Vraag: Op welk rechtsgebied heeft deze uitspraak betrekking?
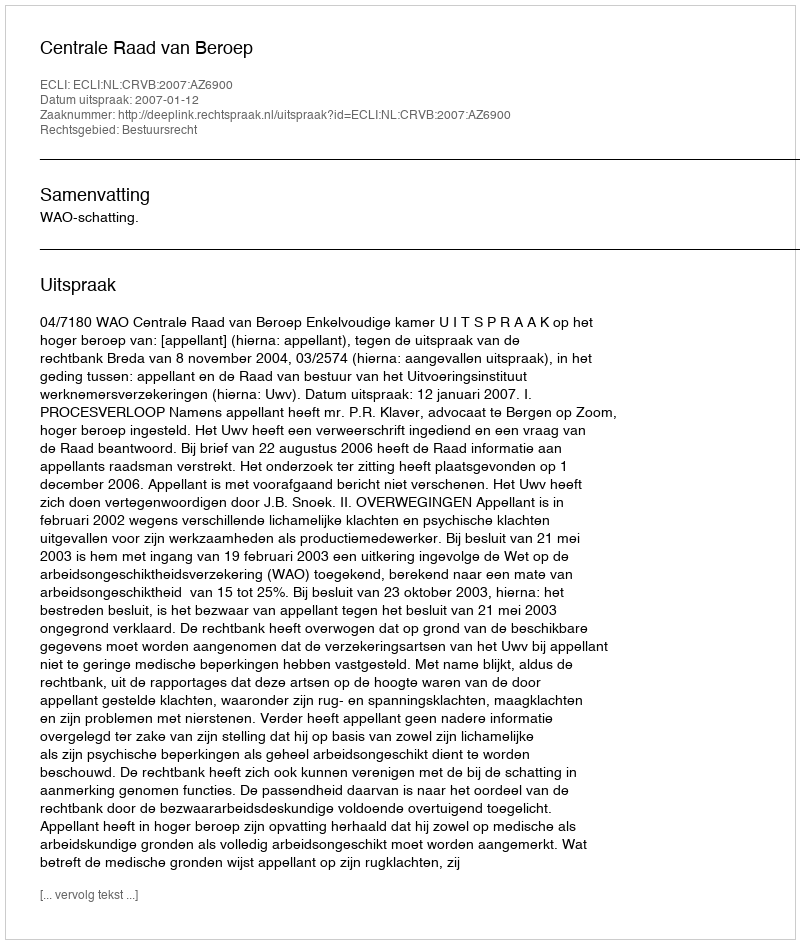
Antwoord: Bestuursrecht